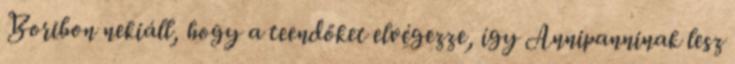
Boribon nekiáll, hogy a teendőket elvégezze, így Annipanninak lesz